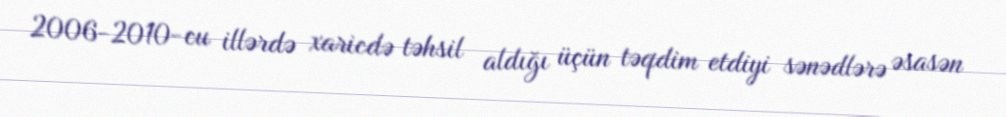
2006-2010-cu illərdə xaricdə təhsil aldığı üçün təqdim etdiyi sənədlərə əsasən